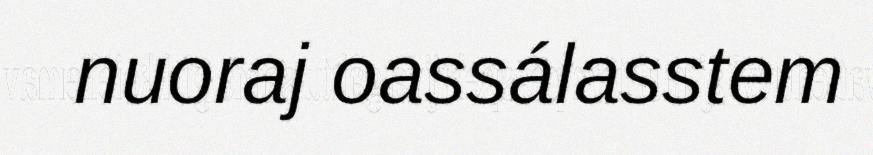
nuoraj oassálasstem